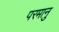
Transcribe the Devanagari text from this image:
परमानु